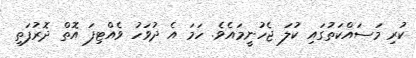
ކުރި މަސައްކަތުގައި ކުލަ ޖެހުނީމައެވެ. ހަމަ އެ ދުވަހު ވެއްޓިފަ އޮތް ދޮރުފަތި